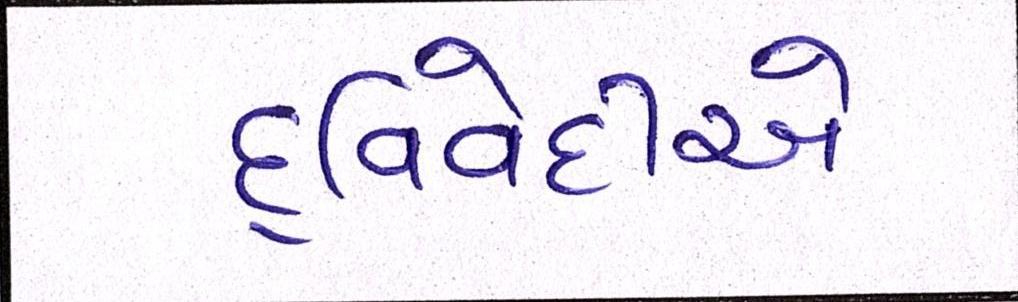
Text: દ્વિવેદીએ